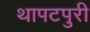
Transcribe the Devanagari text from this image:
थापटपुरी